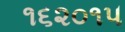
૧૬૨૦૧૫